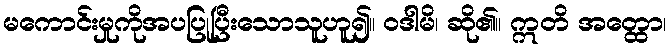
မကောင်းမှုကိုအပပြုပြီးသောသူဟူ၍။ ဝဒါမိ၊ ဆို၏။ ဣတိ အတ္ထော၊